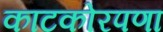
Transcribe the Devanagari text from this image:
काटकोरपणा